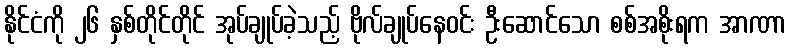
နိုင်ငံကို ၂၆ နှစ်တိုင်တိုင် အုပ်ချုပ်ခဲ့သည့် ဗိုလ်ချုပ်နေဝင်း ဦးဆောင်သော စစ်အစိုးရက အာဏာ